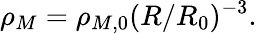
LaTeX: \rho_{M}=\rho_{M,0}(R/R_{0})^{-3}.